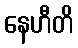
နေဟီတိ